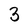
Character: 3